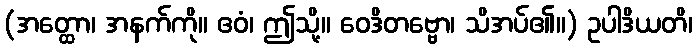
(အတ္ထော၊ အနက်ကို။ ဧဝံ၊ ဤသို့။ ဝေဒိတဗ္ဗော၊ သိအပ်၏။) ဥပါဒိယတိ၊